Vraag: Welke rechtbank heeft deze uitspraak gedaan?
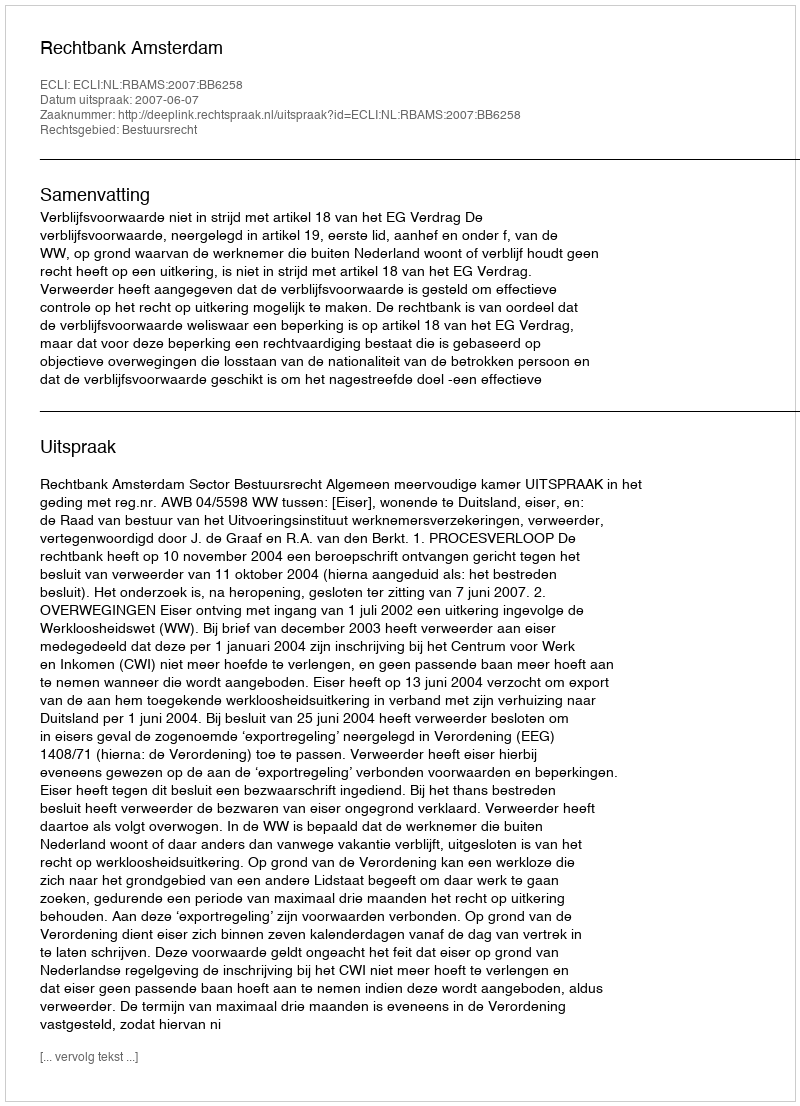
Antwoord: Rechtbank Amsterdam